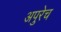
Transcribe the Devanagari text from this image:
अपुरेच